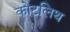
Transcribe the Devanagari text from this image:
कोटलिथ